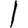
Digit: 1